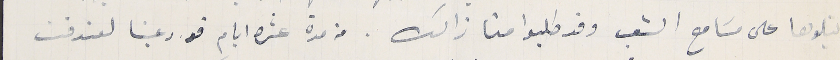
يتلوها على مسَامع الشعب وقد طلبوا منا ذالك. من مدة عشرة ايام قد دعينا لعندقت